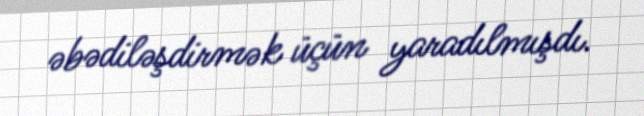
əbədiləşdirmək üçün yaradılmışdı.